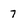
Character: 7